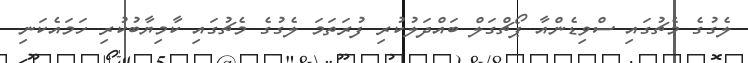
ލެގުގެ މެޗުގައި ސްވިޑެންއާ ޕޯޗްގަލް ބައްދަލުކުރި ފުރަތަމަ ލެގުގެ މެޗުގައި ކާމިޔާބުކުރި ހަމައެކަނި